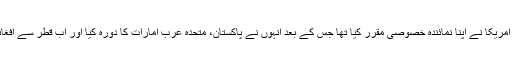
زلمے خلیل زاد کو امریکا نے اپنا نمائندہ خصوصی مقرر کیا تھا جس کے بعد انہوں نے پاکستان، متحدہ عرب امارات کا دورہ کیا اور اب قطر سے افغانستان پہنچے تھے۔